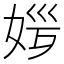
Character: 𡜏